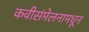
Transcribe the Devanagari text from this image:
कवीसंमेलनामधून